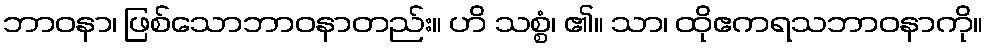
ဘာဝနာ၊ ဖြစ်သောဘာဝနာတည်း။ ဟိ သစ္စံ၊ ၏။ သာ၊ ထိုဧကရသဘာဝနာကို။